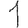
Digit: 1